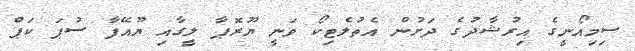
ސިމިއޯނީގެ އިރުޝާދުގެ ދަށުން އެތުލެޓިކޯ ވަނީ ޔޫރޮޕާ ލީގާއި ޔޫއޭފާ ސުޕަ ކަޕް